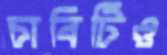
চাবিটিও